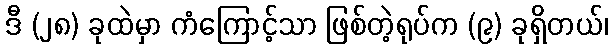
ဒီ (၂၈) ခုထဲမှာ ကံကြောင့်သာ ဖြစ်တဲ့ရုပ်က (၉) ခုရှိတယ်၊